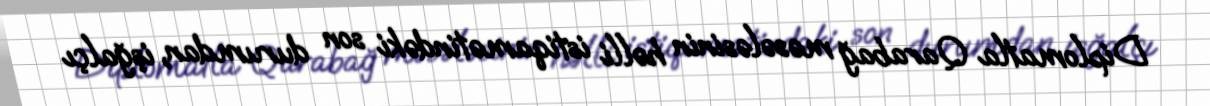
Diplomatla Qarabağ məsələsinin həlli istiqamətindəki son durumdan, işğalçı